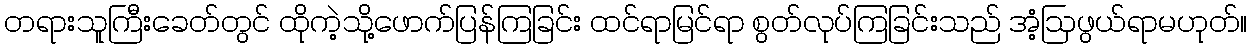
တရားသူကြီးခေတ်တွင် ထိုကဲ့သို့ဖောက်ပြန်ကြခြင်း ထင်ရာမြင်ရာ စွတ်လုပ်ကြခြင်းသည် အံ့ဩဖွယ်ရာမဟုတ်။